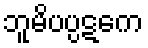
ဘူမိပပ္ပဋကေ